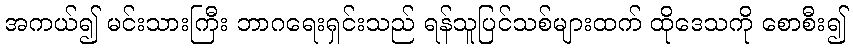
အကယ်၍ မင်းသားကြီး ဘာဂရေးရှင်းသည် ရန်သူပြင်သစ်များထက် ထိုဒေသကို စောစီး၍